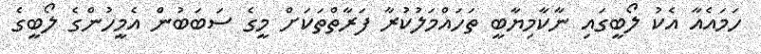
ހަމައެއާ އެކު ލޯބީގައި ނާކާމިޔާބީ ތަހައްމަލުކުރާ ފަރާތްތަކަށް މީގެ ސަބަބުން އެމީހުންގެ ލޯބީގެ